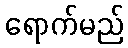
ရောက်မည်